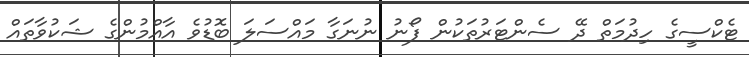
ޓެކްސީގެ ހިދުމަތް ދޭ ސެންޓަރުތަކުން ފޯނު ނުނަގާ މައްސަލަ ބޮޑުވެ އާއްމުންގެ ޝަކުވާތައް